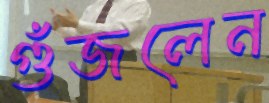
গুঁজলেন